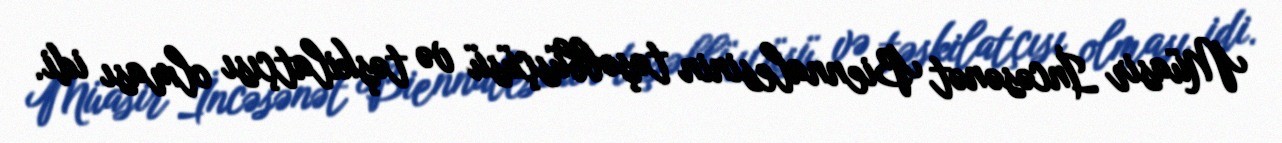
Müasir İncəsənət Biennalesinin təşəbbüsçüsü və təşkilatçısı olması idi.